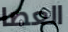
العصا